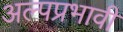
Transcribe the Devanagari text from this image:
अल्पप्रभावी